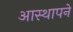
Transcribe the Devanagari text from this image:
आस्थापने